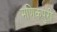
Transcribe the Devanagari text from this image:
मणिकपुरी